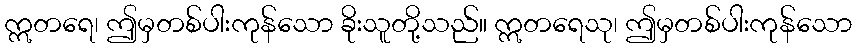
ဣတရေ၊ ဤမှတစ်ပါးကုန်သော ခိုးသူတို့သည်။ ဣတရေသု၊ ဤမှတစ်ပါးကုန်သော